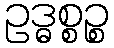
ဥဒ္ဓစ္စဉ္စ